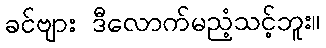
ခင်ဗျား ဒီလောက်မညံ့သင့်ဘူး။